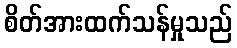
စိတ်အားထက်သန်မှုသည်